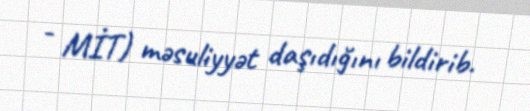
- MİT) məsuliyyət daşıdığını bildirib.